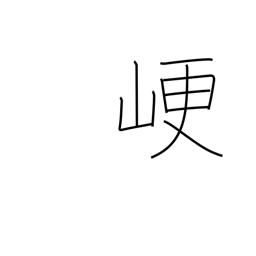
Meaning: obstruct